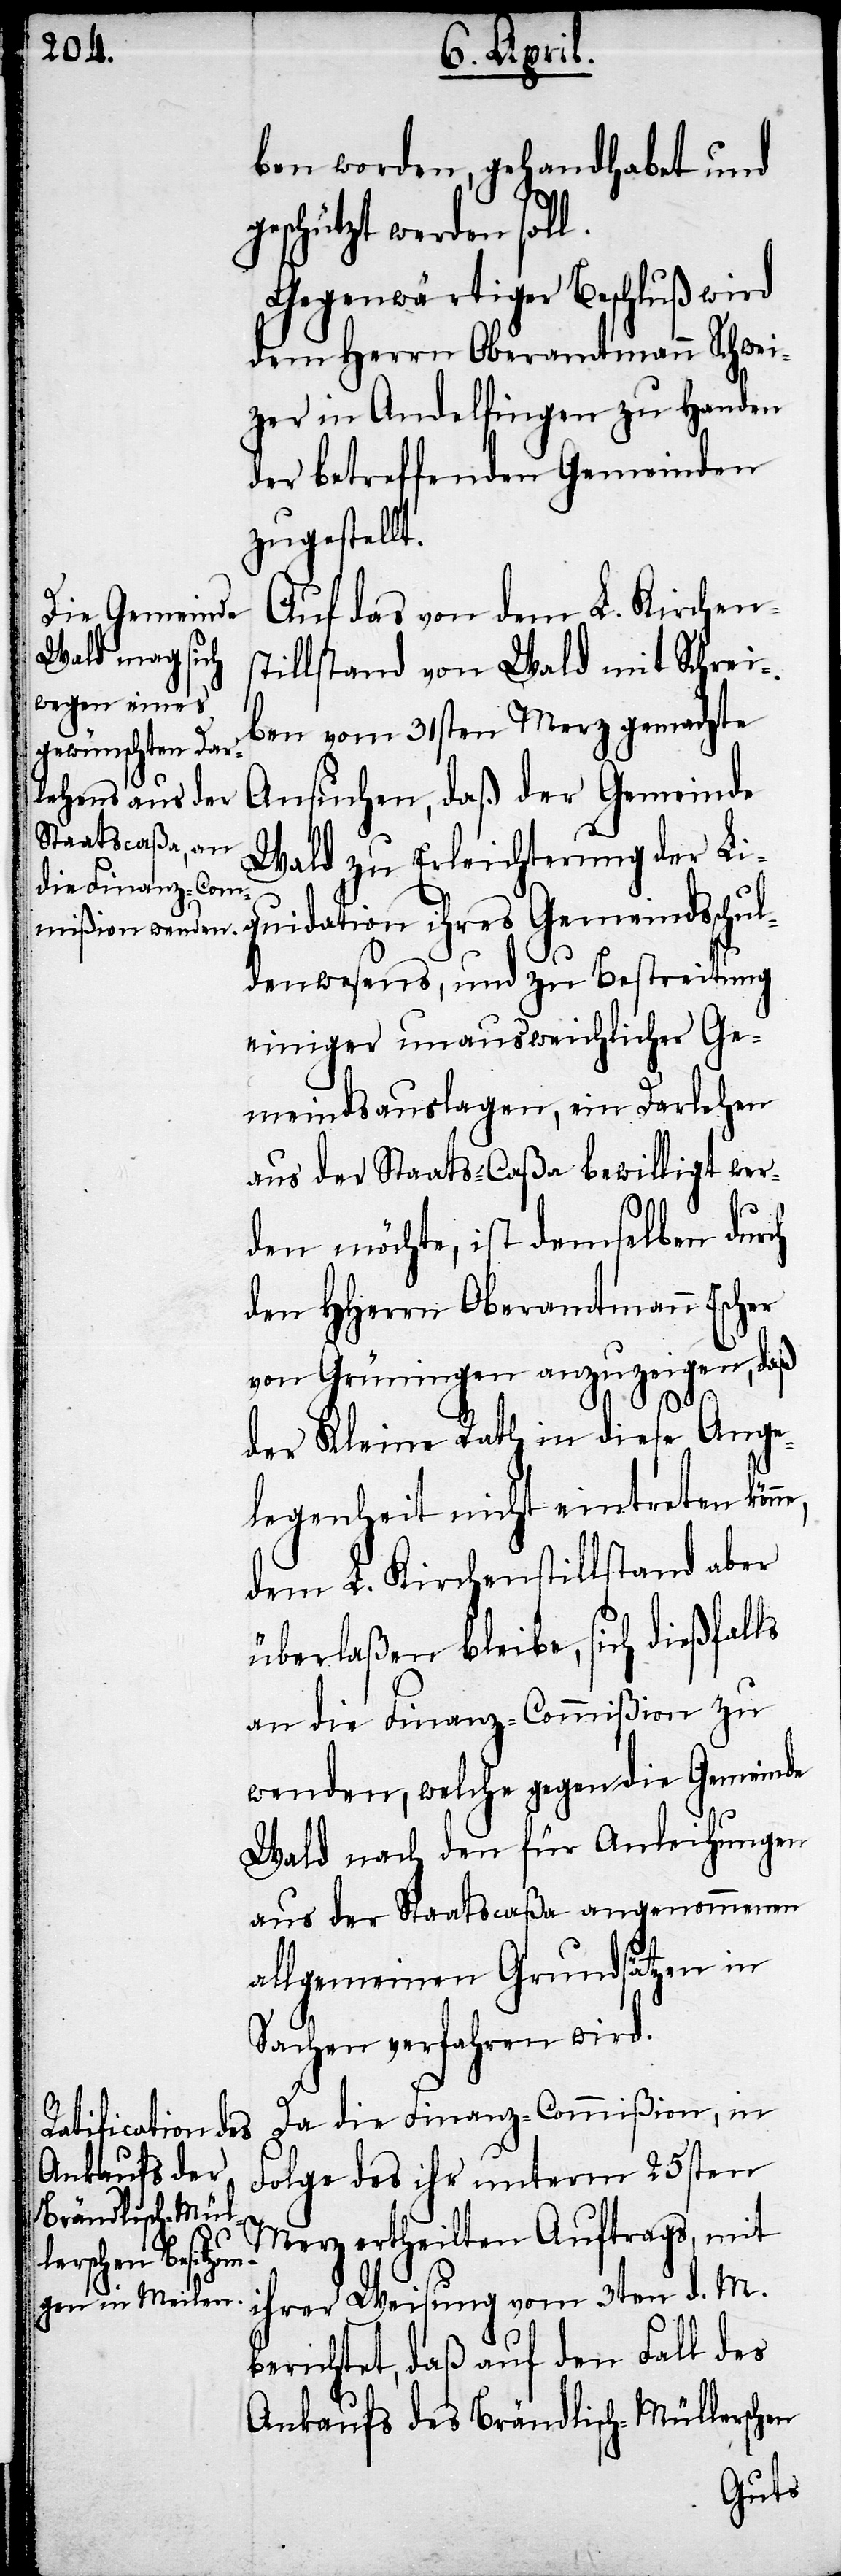
ben worden, gehandhabet und
geschützt werden soll.
Gegenwärtiger Beschluß wird
dem Herrn Oberamtmann Schwei¬
zer in Andelfingen zu Handen
der betreffenden Gemeinden
zugestellt.
Auf das von dem L. Kirchens¬
tillstand von Wald mit Schrei¬
ben vom 31sten Merz gemachte
Ansuchen, daß der Gemeinde
Wald zu Erleichterung der Li¬
quidation ihres Gemeindsschul¬
denwesens, und zu Bestreitung
einiger unausweichlicher Ge¬
meindsauslagen, ein Darlehen
aus der Staats-Caßa bewilligt wer¬
den möchte, ist demselben durch
den HHerrn Oberamtmann Escher
von Grüningen anzuzeigen, daß
ne,
der Kleine Rath in diese Ange¬
legenheit nicht eintreten kön¬
dem L. Kirchenstillstand aber
überlaßen bleibe, sich dießfalls
an die Finanz-Commißion zu
wenden, welche gegen die Gemeinde
Wald nach den für Anleihungen
aus der Staatscaßa angenommenen
allgemeinen Grundsätzen in
Sachen verfahren wird.
Da die Finanz-Commißion, in
Folge des ihr unterm 25sten
Merz ertheilten Auftrags, mit
ihrer Weisung vom 3ten d. M.
berichtet, daß auf den Fall des
Ankaufs des Brändlisch-Müllerschen